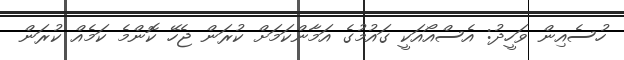
ހުސެއިން ވަހީދު: އެސްއޯއަކީ ގައުމުގެ އަމާންކަމަށް ކުރަން ޖެހޭ ކޮންމެ ކަމެއް ކުރަން